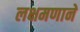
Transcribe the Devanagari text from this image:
लक्षमणाने